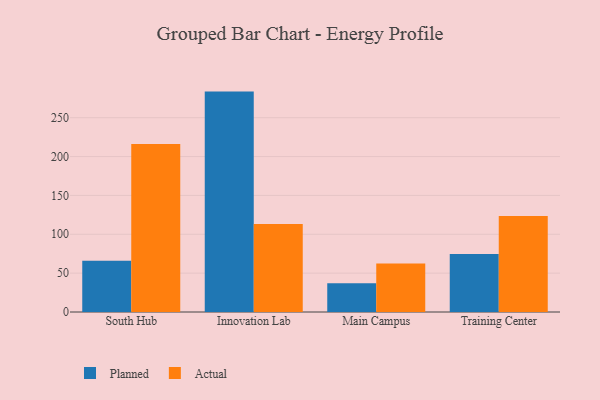
{"axis": {"x": "Campus", "y": "Customer Acquisition Cost (USD)"}, "legend": ["Actual", "Planned"], "data": [{"x": "South Hub", "y": 66.0, "type": "Planned"}, {"x": "South Hub", "y": 216.1, "type": "Actual"}, {"x": "Innovation Lab", "y": 283.6, "type": "Planned"}, {"x": "Innovation Lab", "y": 113.3, "type": "Actual"}, {"x": "Main Campus", "y": 37.1, "type": "Planned"}, {"x": "Main Campus", "y": 62.5, "type": "Actual"}, {"x": "Training Center", "y": 74.5, "type": "Planned"}, {"x": "Training Center", "y": 123.6, "type": "Actual"}]}